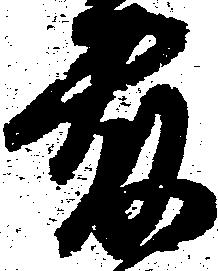
藤